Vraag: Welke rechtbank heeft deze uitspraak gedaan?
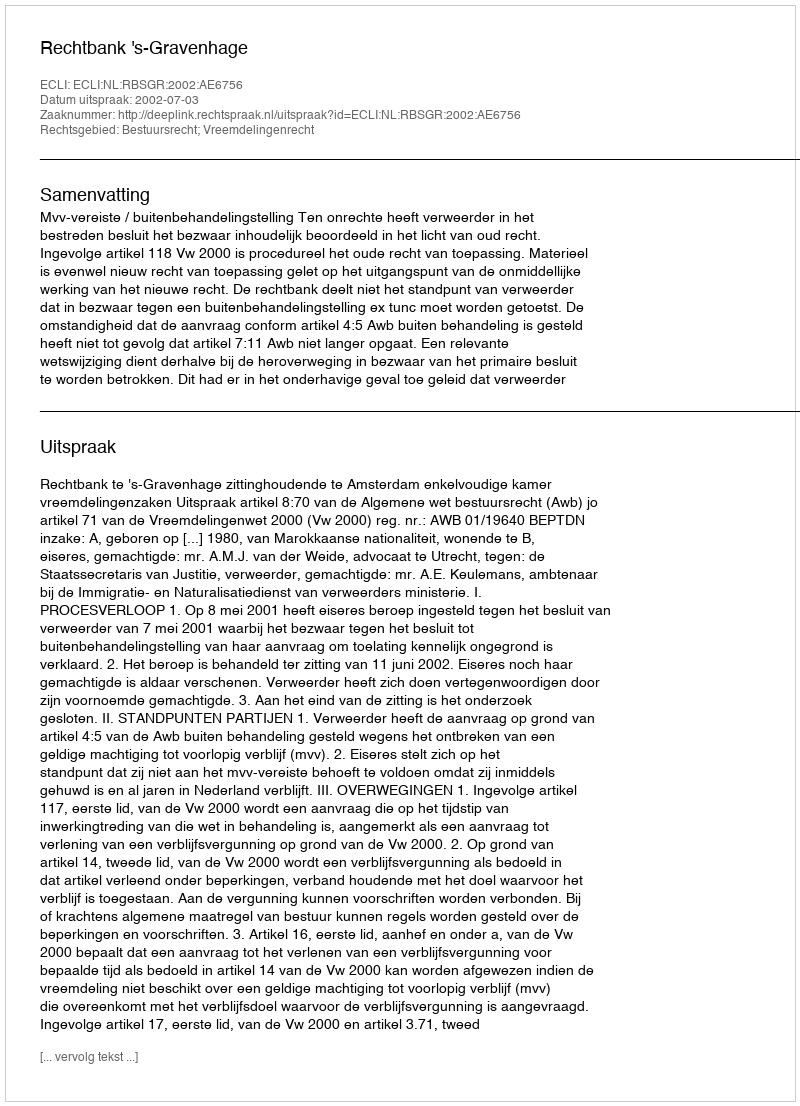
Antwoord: Rechtbank 's-Gravenhage